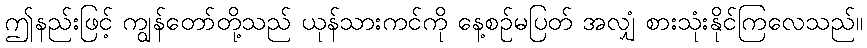
ဤနည်းဖြင့် ကျွန်တော်တို့သည် ယုန်သားကင်ကို နေ့စဉ်မပြတ် အလျှံ စားသုံးနိုင်ကြလေသည်။